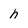
Character: h